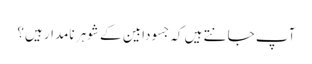
آپ جانتے ہیں کہ جسودابین کے شوہر نامدار ہیں؟